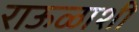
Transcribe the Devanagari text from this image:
राऊळाशी